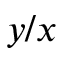
y / x